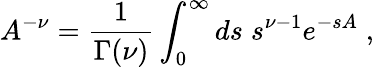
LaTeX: A^{-\nu}=\frac{1}{\Gamma(\nu)}\int_{0}^{\infty}ds\; s^{\nu-1}e^{-sA}\; ,